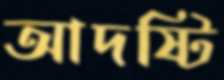
আদষ্টি